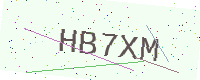
Text: HB7XM